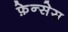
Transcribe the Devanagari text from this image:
फ़ेन्सेस